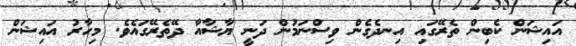
އައިޝަން ކެބިން ތެރޭގައި އިނދެގެން ވިސްނަމުން ދަނީ ޔާޝާއާ ދޭތެރޭގައެވެ. މިހާރު އައިޝަން